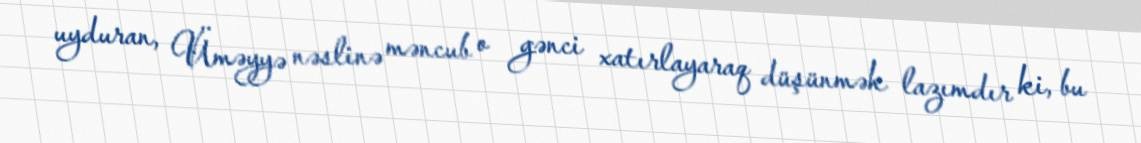
uyduran, Üməyyə nəslinə məncub o gənci xatırlayaraq düşünmək lazımdır ki, bu